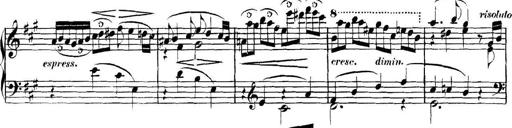
Title: Collected Piano Sonatas
Composer: Muzio Clementi